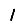
Digit: 1